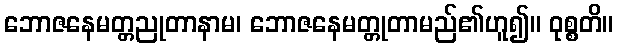
ဘောဇနေမတ္တညုတာနာမ၊ ဘောဇနေမတ္တုတာမည်၏ဟူ၍။ ဝုစ္စတိ။